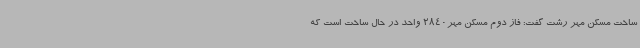
ساخت مسکن مهر رشت گفت: فاز دوم مسکن مهر2840 واحد در حال ساخت است که